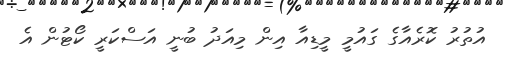
އުތުރު ކޮރެއާގެ ގައުމީ މީޑިއާ އިން މިއަދު ބުނީ އަސްކަރީ ކޯޓުން އެ